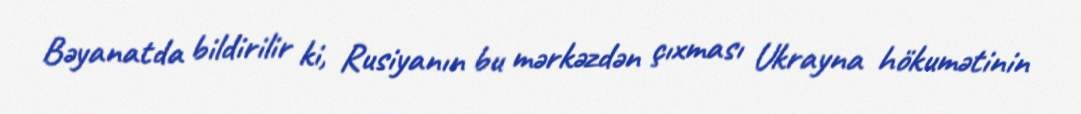
Bəyanatda bildirilir ki, Rusiyanın bu mərkəzdən çıxması Ukrayna hökumətinin